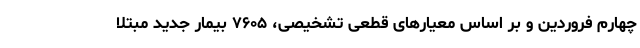
چهارم فروردین و بر اساس معیارهای قطعی تشخیصی، ۷۶۰۵ بیمار جدید مبتلا